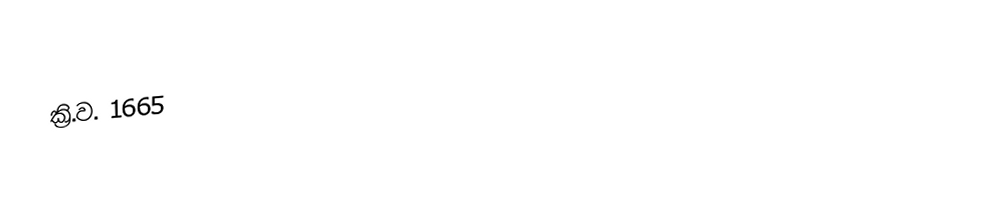
ක්‍රි.ව. 1665